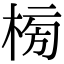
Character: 㮄